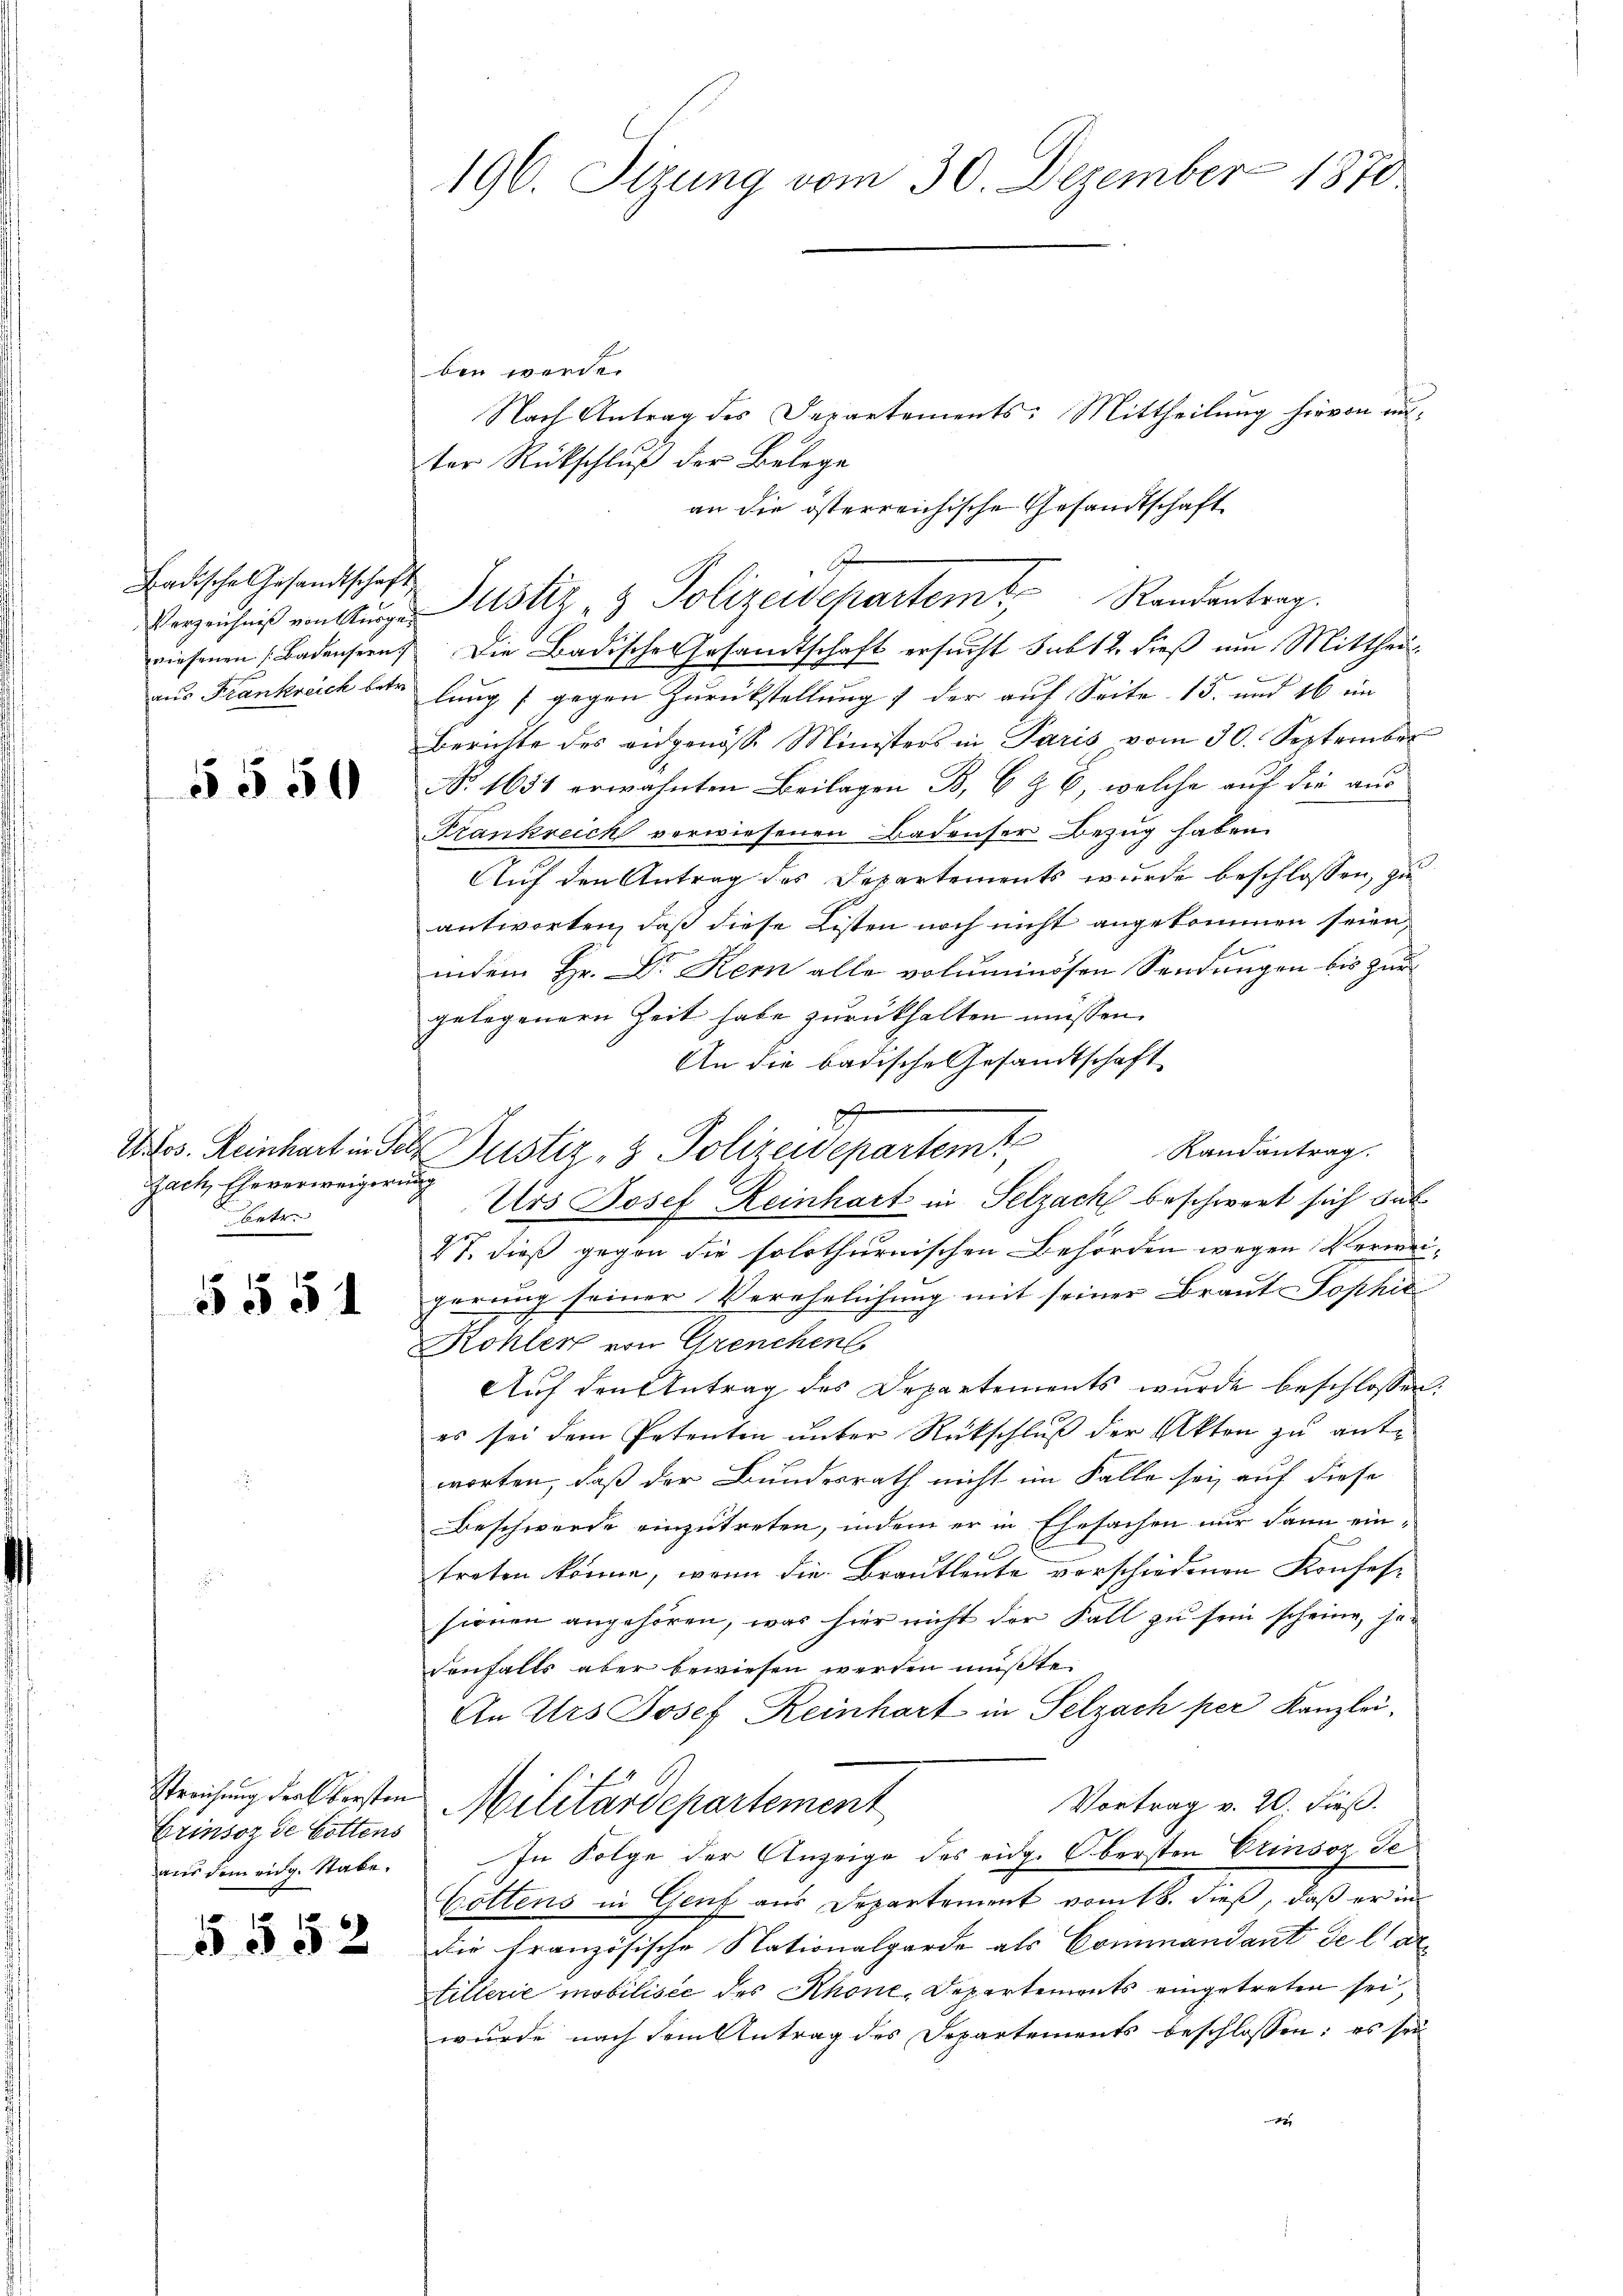
Badische Gesandtschaft

5550

Jach, Eheverweigerung
betr.

5551

Erinsor de Gottens
aus dem eidg. Stabe.

5552

196. Sizung vom 30. Dezember 1870

ben werde.
Nach Antrag des Departements: Mittheilung hievon unter Rückschluß der Belege
an die österreichische Gesandtschaft
riesenen Badensern. Die Badische Gesandtschaft ersucht sub 12. dieß um Mittheil
aus Frankreich betr. lang gegen Zurückstellung der auf Seite 15. und 16 un
Berichte des ausgenöss. Ministers in Paris vom 30. September
No. 1651 erwähnten Beilagen B, 6 § 6, welche auf die aus
Frankreich vorwiesenen Badenser Bezug haben.
Auf den Antrag des Departements wurde beschlossen, zu
antworten, daß diese Listen noch nicht angekommen seien,
indem Hr. Dr Kem alle voluminösen Sendungen bis zur
gelegenern Zeit habe zurückhalten müssen.
An die badische Gesandtschaft
Randantrag.
Urs Josef Reinhart in Selzach beschwert sich da
27. dieß gegen die solothurnischen Behörden wegen Verweigerung seiner Verehelichung mit seiner Braut Sophie
Kohler von Grenchen
Auf den Antrag des Departements wurde beschlossen:
es sei dem Petenten unter Rückschluß der Akten zu ante
worten, daß der Bundesrath nicht im Falle sei, auf diese
Beschwerde einzutreten, indem er in Ehesachen nur dann ein-
treten könne, wenn die Brautleute verschiedenen Konfessionen angehören, was hier nicht der Fall zu sein scheine, ha-
denfalls aber bewiesen werden müßte.
An Urs Josef Reinhart in Selzach per Kanzlei,
Streichung der Obersten Militärdepartement
Vortrag v. 20. dieß.
In Folge der Anzeige des eidg. Obersten Erinsoz Je
Cottens in Genf aus Departement vom 18. dieß, daß er in
die französische Nationalgarde als Commandant de lartillerie mobilisie des Rhone, Departements eingetreten sei,
wurde nach dem Antrag des Departements beschlossen: es sei
14

I
Verzeichnis von Auszustiz & Polizeidchartem Randantrag.

t
Wilos. Reinhart in der Justiz- & Polizeidepartemt